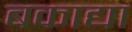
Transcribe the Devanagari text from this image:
बकाद्या